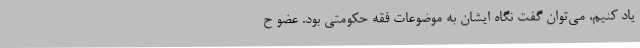
یاد کنیم، می‌توان گفت نگاه ایشان به موضوعات فقه حکومتی بود. عضو ح